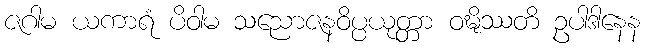
ဇဂါမ ယကာရံ ပိဝါမ သညောဇနဝိပ္ပယုတ္တာ ဝဍ္ဎိဿတိ ဥပါဒါနေန